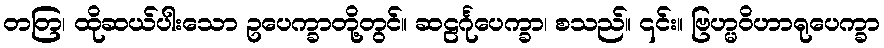
တတြ၊ ထိုဆယ်ပါးသော ဥပေက္ခာတို့တွင်။ ဆဠင်္ဂုပေက္ခာ၊ စသည်။ ၎င်း။ ဗြဟ္မဝိဟာရုပေက္ခာ